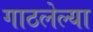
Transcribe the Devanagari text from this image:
गाठलेल्या